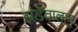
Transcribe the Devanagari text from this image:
झंडेवालान्